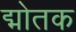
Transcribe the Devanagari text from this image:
द्मोतक